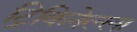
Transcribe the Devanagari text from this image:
ट्रिकिनेल्ला